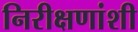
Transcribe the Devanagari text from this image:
निरीक्षणांशी